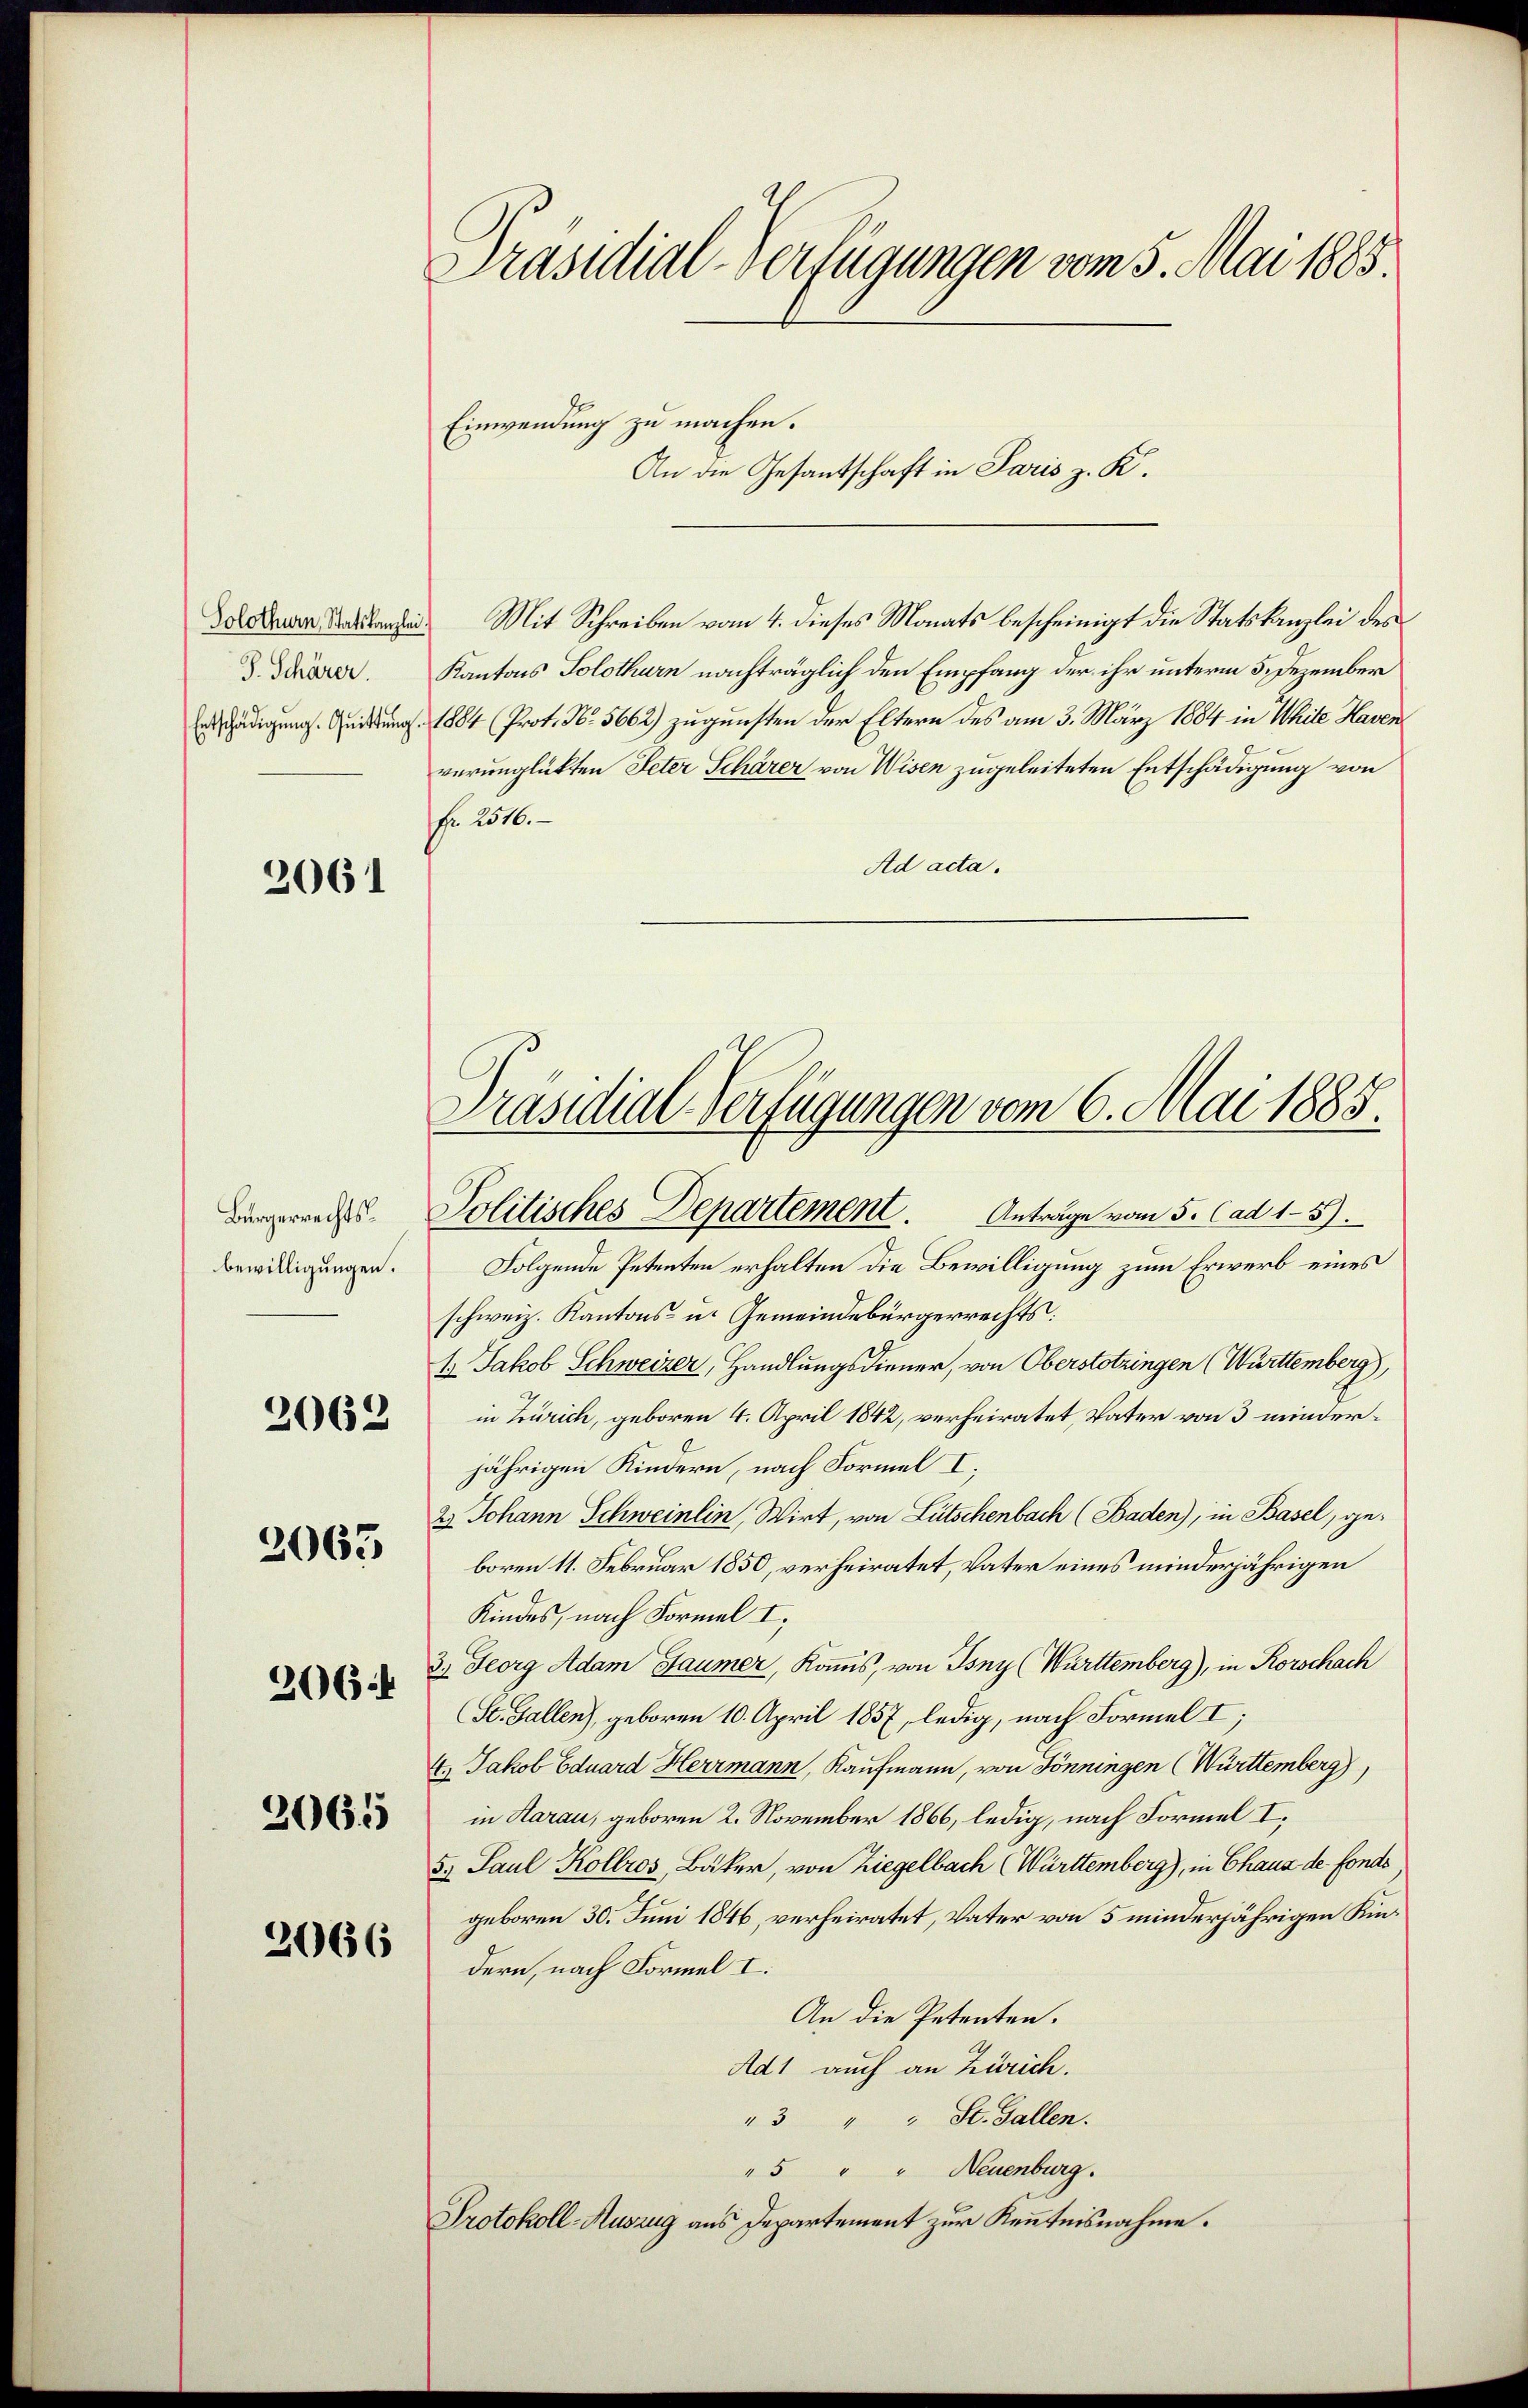
J. Schärer.

2061

Bürgerrechtsbewilligungen.
2063
2064
2065

2062

2066

Präsidial-Verfügungen vom 5. Mai 1885.

Einwendung zu machen.
Doldenen Se. Mit Schreiben vom 4. dieses Monats bescheinigt die Statskanzlei des
Kantons Solothurn nachträglich den Empfang der ihr unterm 5. Dezember
eschädigung. Weisung 1884 (Prot. No. 5662) zugunsten der Eltern des am 3. März 1884 in White Haven
verunglükten Peter Schärer von Wisen zugeleiteten Entschädigung von
Nr. 2516.
Ad acta.
Folgende Petenten erhalten die Bewilligung zum Erwerb eines
schweiz. Kantons- u. Gemeindebürgerrechts:
1. Jakob Schweizer, Handlungsdiener, von Oberstotzingen (Württemberg),
in Zürich, geboren 4. April 1842, verheiratet, Vater von 3 minderjährigen Kindern, nach Formel I;
2.) Johann Schweinlin, Wirt, von Lütschenbach (Baden), in Basel, geboren 11. Februar 1850, verheiratet, Vater eines minderjährigen
Kindes, nach Formel I,
3. Georg Adam Gaumer, Kommis, von Isny (Württemberg), in Rorschach
St. Gallen), geboren 10. April 1857, ledig, nach Formel I;
4. Jakob Eduard Herrmann, Kaufmann, von Tönningen (Württemberg
in Aarau, geboren 2. November 1866, ledig, nach Formel I,
5. Paul Kollros, Bäker, von Ziegelbach (Württemberg), in Chaus de fonds
geboren 30. Juni 1846, verheiratet, Vater von 5 minderjährigen Kindern, nach Formel I.
An die Petenten.
Ad1 auch an Zürich.
"3 " " St. Gallen.
"5 " " Neuenburg.
Protokoll-Auszug aus Departement zur Kenntnisnahme.

An die Gesandschaft in Paris z. K.

Präsidial-Verfügungen vom 6. Mai 1885.
Politisches Departement. Anträge vom 5. (ad 15).